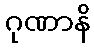
ဂုဏာနိ